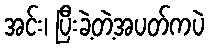
အင်း၊ ပြီးခဲ့တဲ့အပတ်ကပဲ